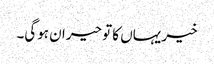
خیر یہاں کا تو حیران ہوگی۔